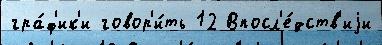
гра́ф'ик'и говор'и́ть 12 Впосл'е́дств'иjи